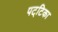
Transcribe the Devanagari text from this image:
पट्‌टिका